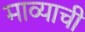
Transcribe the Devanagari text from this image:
माव्याची